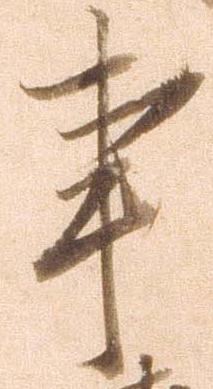
事